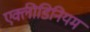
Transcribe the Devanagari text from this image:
एक्लीडिनियम